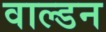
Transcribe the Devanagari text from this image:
वाल्डन